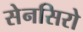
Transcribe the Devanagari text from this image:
सेनसिरो